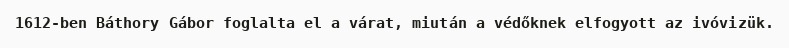
1612-ben Báthory Gábor foglalta el a várat, miután a védőknek elfogyott az ivóvizük.